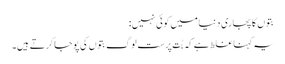
بتوں کا پجاری دنیا میں کوئی نہیں:
یہ کہنا غلط ہے کہ بُت پرست لوگ بتوں کی پوجا کرتے ہیں۔